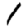
Digit: 1